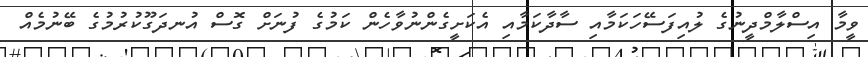
ވީމާ އިސްލާމްދީނުގެ ލުއިފަސޭހަކަމާއި ސާދާކަމާއި އެކަށީގެންނުވާހެން ކަމުގެ ފުނަށް ގޮސް އުނދަގޫކުރުމުގެ ބޭނުމެއް